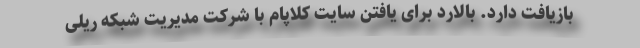
بازیافت دارد. بالارد برای یافتن سایت کلاپام با شرکت مدیریت شبکه ریلی